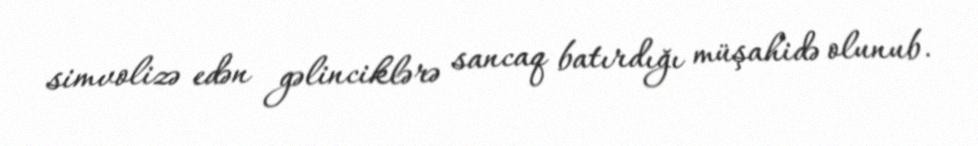
simvolizə edən gəlinciklərə sancaq batırdığı müşahidə olunub.